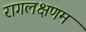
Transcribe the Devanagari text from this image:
रागलक्षणम